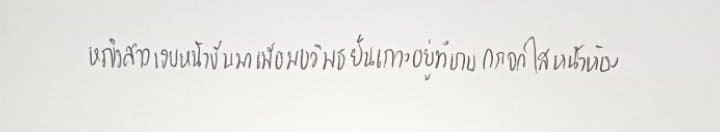
หญิงสาวเงยหน้าขึ้นมาเพื่อพบวิพุธยืนเกาะอยู่ที่บานกระจกใสหน้าห้อง